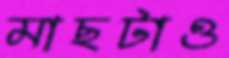
মাছটাও